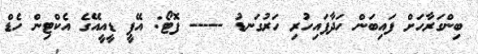
ބިންގަރާހަށް ފައިބަން ހަދާފައިހުރި ހަރުގަނޑު ----- ފޮޓޯ: އޭޕީ ޑީއީއޭގެ އެކްޓިން ހެޑް